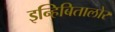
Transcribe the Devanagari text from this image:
इन्हिबितालोर